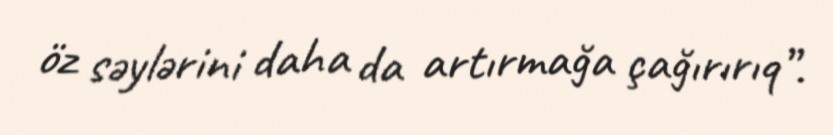
öz səylərini daha da artırmağa çağırırıq”.